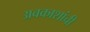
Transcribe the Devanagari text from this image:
अवकाशांची